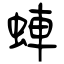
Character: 蛼